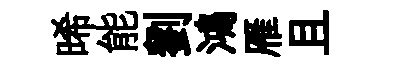
晞能劉鴻雁且